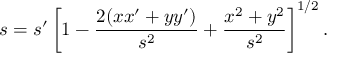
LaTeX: s = s ^ { \prime } \left[ 1 - { \frac { 2 ( x x ^ { \prime } + y y ^ { \prime } ) } { s ^ { 2 } } } + { \frac { x ^ { 2 } + y ^ { 2 } } { s ^ { 2 } } } \right] ^ { 1 / 2 } .